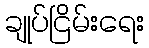
ချုပ်ငြိမ်းရေး